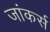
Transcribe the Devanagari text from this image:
जांकर्स